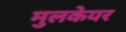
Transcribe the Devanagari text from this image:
मुलकेयर